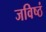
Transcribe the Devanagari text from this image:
जविष्ठं